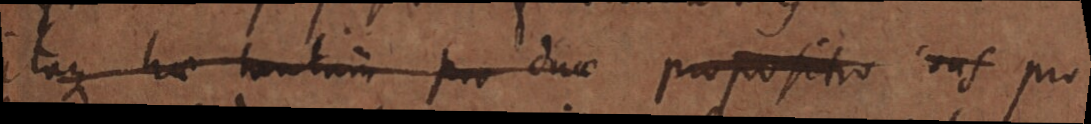
Itaque hae tantum pro duae propositio sus pro